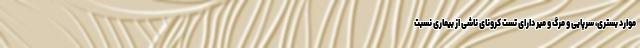
موارد بستری، سرپایی و مرگ و میر دارای تست کرونای ناشی از بیماری نسبت